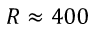
R \approx 4 0 0